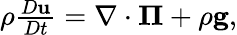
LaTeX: \begin{array}{r}{\rho\frac{D\mathbf{u}}{Dt}=\nabla\cdot\boldsymbol{\Pi}+\rho\mathbf{g},}\end{array}